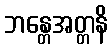
ဘန္တေအတ္တနိ